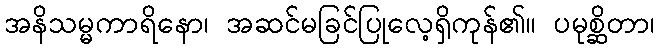
အနိသမ္မကာရိနော၊ အဆင်မခြင်ပြုလေ့ရှိကုန်၏။ ပမုစ္ဆိတာ၊